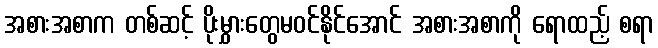
အစားအစာက တစ်ဆင့် ပိုးမွှားတွေမဝင်နိုင်အောင် အစားအစာကို ရောထည့် စရာ